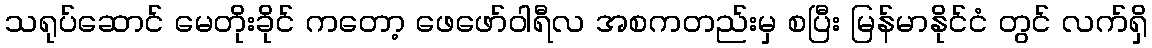
သရုပ်ဆောင် မေတိုးခိုင် ကတော့ ဖေဖော်ဝါရီလ အစကတည်းမှ စပြီး မြန်မာနိုင်ငံ တွင် လက်ရှိ